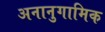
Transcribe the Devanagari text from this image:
अनानुगामिक